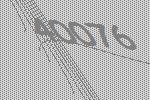
40076